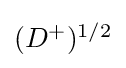
{\textstyle (D^{+})^{1/2}}